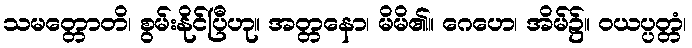
သမတ္တောတိ၊ စွမ်းနိုင်ပြီဟု။ အတ္တနော၊ မိမိ၏။ ဂေဟေ၊ အိမ်၌။ ဝယပ္ပတ္တံ၊